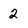
Character: 2